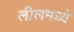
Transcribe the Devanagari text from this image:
लीलमध्ये